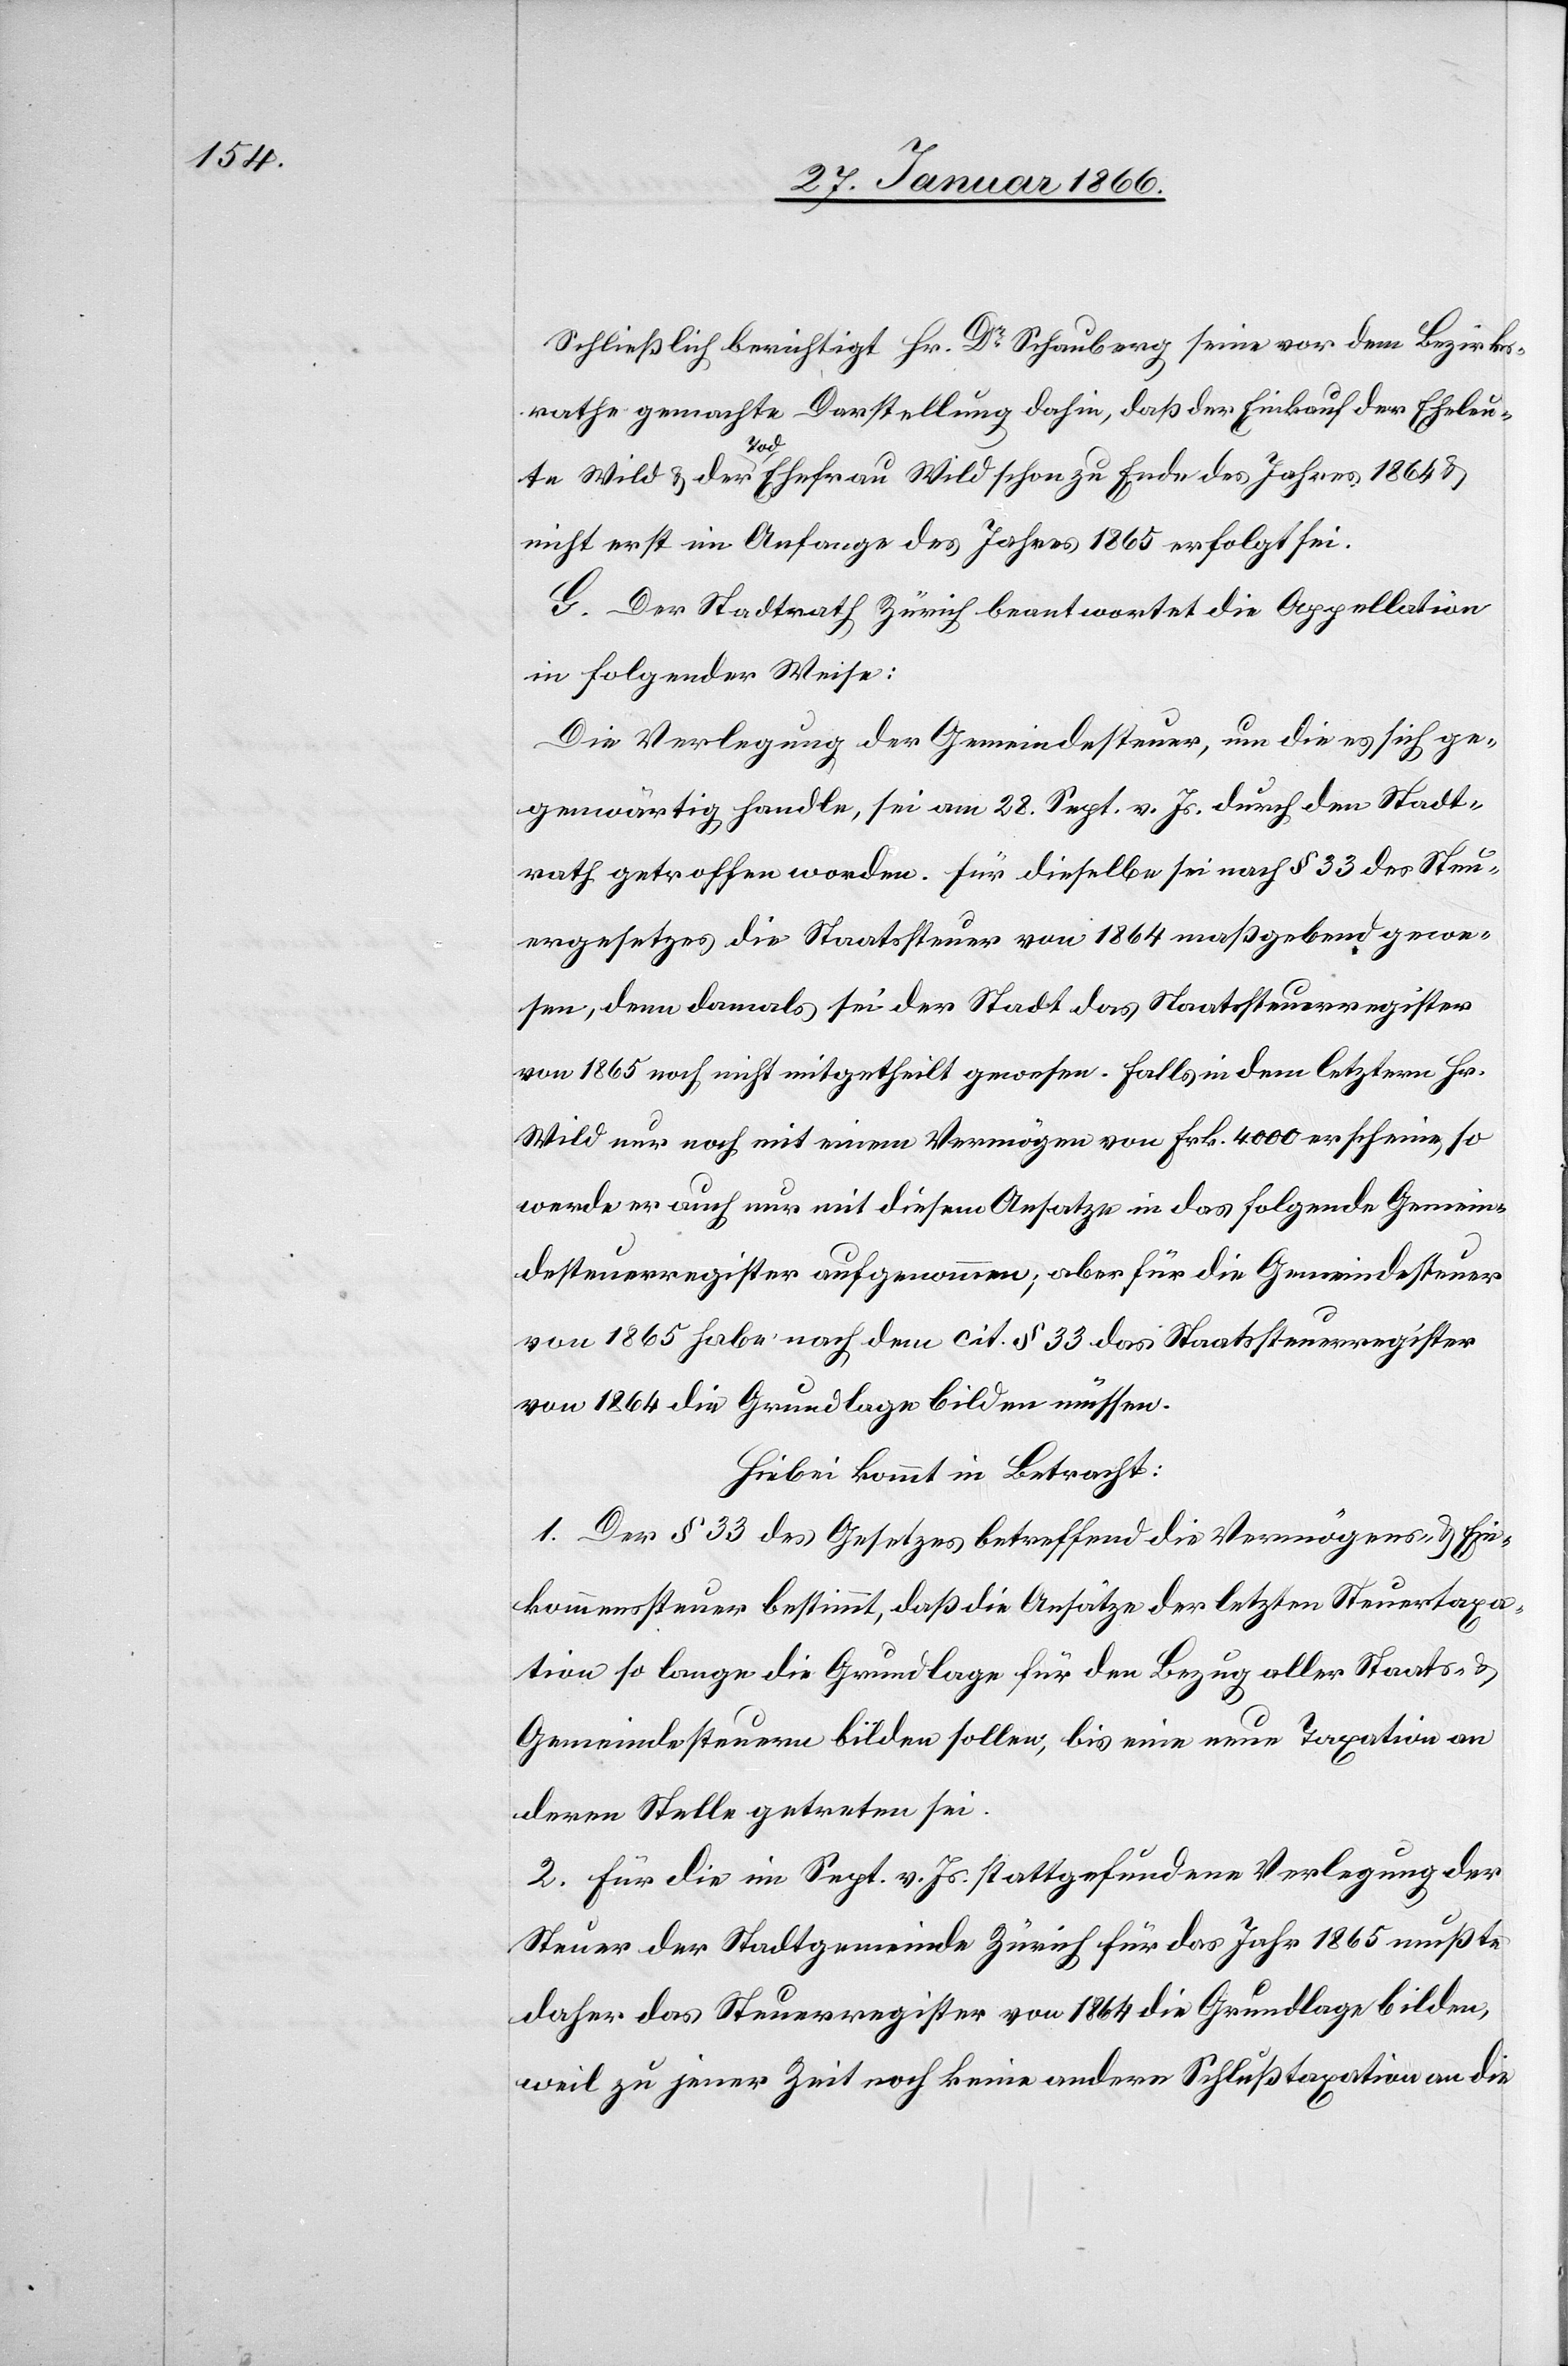
Schließlich berichtigt Hr. Dr. Schauberg seine vor dem Bezirks¬
rathe gemachte Darstellung dahin, daß der Einkauf der Eheleu¬
u.
der Tod [der] Ehefrau Wild schon zu Ende des Jahres 1864 u.
nicht erst im Anfange des Jahres 1865 erfolgt sei.
G. Der Stadtrath Zürich beantwortet die Appellation
in folgender Weise:
Die Verlegung der Gemeindesteuer, um die es sich ge¬
genwärtig handle, sei vom 28. Sept. v. Js. durch den Stadt¬
rath getroffen worden. Für dieselbe sei nach § 33 des Steu¬
ergesetzes die Staatssteuer von 1864 maßgebend gewe¬
sen, denn damals sie der Stadt das Staatssteuerregister
von 1865 noch nicht mitgetheilt gewesen. Falls in dem letztern Hr.
Wild nur noch mit einem Vermögen von Frk. 4000 erscheine, so
werde er auch nur mit diesem Ansatze in das folgende Gemein¬
desteuerregister aufgenommen; aber für die Gemeindesteuer
von 1865 habe nach dem cit. § 33 das Staatssteuerregister
von 1864 die Grundlage bilden müssen.
Hiebei kommt in Betracht:
1. Der § 33 des Gesetzes betreffend die Vermögens- u. Ein¬
kommenssteuer bestimmt, daß die Ansätze der letzten Steuertaxa¬
tion so lange die Grundlage für den Bezug aller Staats- u.
Gemeindesteuern bilden sollen, bis eine neue Taxation an
deren Stelle getreten sei.
2. Für die im Sept. v. Js. stattgefundene Verlegung der
Steuer der Stadtgemeinde Zürich für das Jahr 1865 mußte
daher das Steuerregister von 1864 die Grundlage bilden,
weil zu jener Zeit noch keine andere Schlußtaxation an die